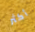
أكثر